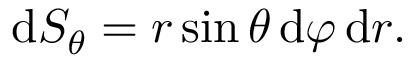
\mathrm { d } S _ { \theta } = r \sin \theta \, \mathrm { d } \varphi \, \mathrm { d } r .